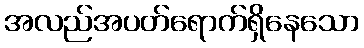
အလည်အပတ်ရောက်ရှိနေသော